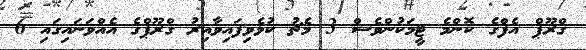
ގްރޫޕް އެފްގެ ކޮންމެ ޓީމަކުންވެސް 3 މެޗު ކުޅެވިފައިވާއިރު ގްރޫޕްގެ އެއްވަނައިގައި 6